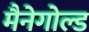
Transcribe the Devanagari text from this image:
मैनेगोल्ड